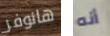
هانوفر أنه